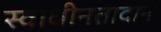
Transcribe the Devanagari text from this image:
स्वाधीनतादान